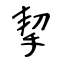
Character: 挈